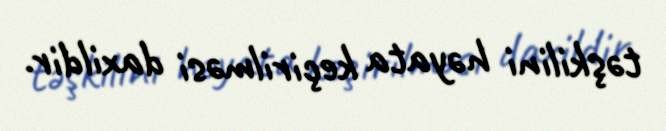
təşkilini həyata keçirilməsi daxildir.